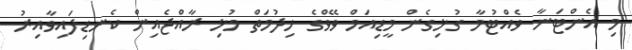
މި އެންޓަނާ ވެއްޓުމާ ގުޅިގެން މީޑިއަމް ވޭވްގެ ހިދުމަތް މުޅި ރާއްޖެއިން ކެނޑިފައިވާއިރު